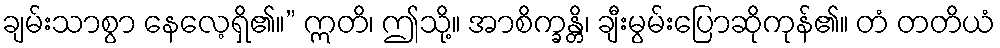
ချမ်းသာစွာ နေလေ့ရှိ၏။” ဣတိ၊ ဤသို့။ အာစိက္ခန္တိ၊ ချီးမွမ်းပြောဆိုကုန်၏။ တံ တတိယံ